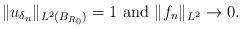
LaTeX: \begin{align*}\| u_{\delta_n} \|_{L^2(B_{R_0})} = 1 \mbox{ and } \| f_n\|_{L^2} \to 0. \end{align*}